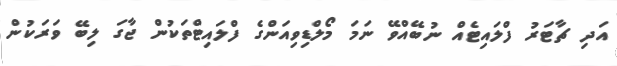
އަދި ޗާޓަރު ފްލައިޓެއް ނުބޭއްވޭ ނަމަ މޯލްޑިވިއަންގެ ފްލައިޓްތަކުން ޖާގަ ލިބޭ ވަރަކުން